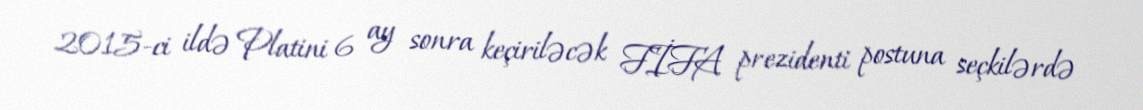
2015-ci ildə Platini 6 ay sonra keçiriləcək FİFA prezidenti postuna seçkilərdə